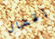
إقفال